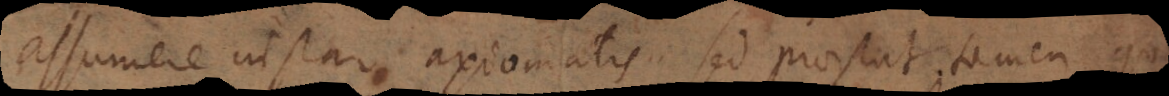
assumere instar axiomatis, sed praestat tamen qua